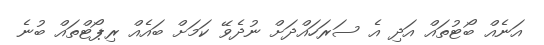
އަނެއް ބޯޓުތައް އަދި އެ ސަރަހައްދަށް ނުދެވޭ ކަމަށް ބައެއް ރިޕޯޓްތައް ބުނެ